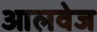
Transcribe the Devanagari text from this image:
आलवेज